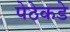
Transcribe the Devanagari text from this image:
पेठेकडे